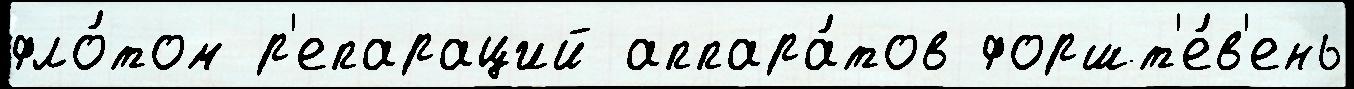
фло́том р'епараций аппара́тов форшт'е́в'ень